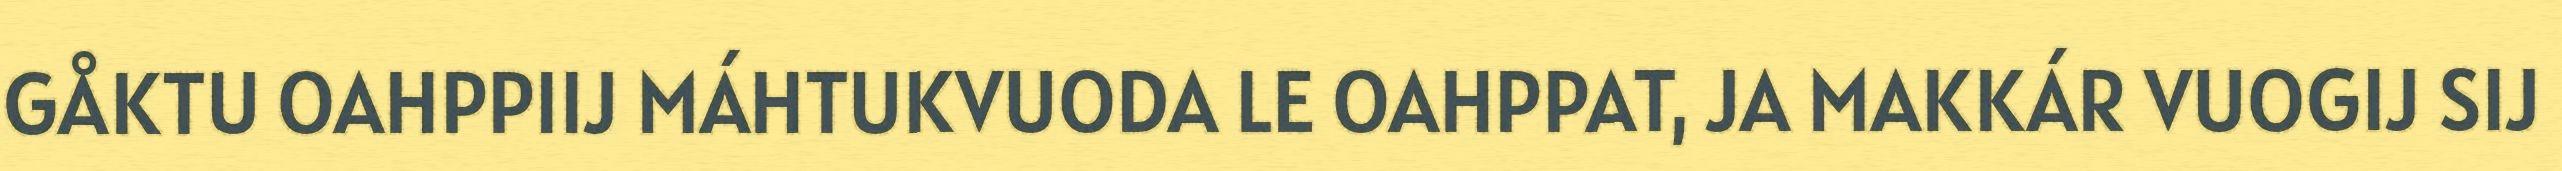
GÅKTU OAHPPIIJ MÁHTUKVUODA LE OAHPPAT, JA MAKKÁR VUOGIJ SIJ